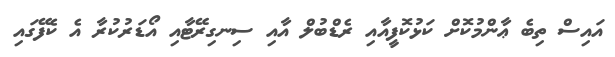
އައިސް ތިބެ ޢާންމުކޮށް ކަޅުކޮފީއާއި ރެޑްބުލް އާއި ސިނގިރޭޓާއި އޯޑަރުކުރާ އެ ކެފޭގައި